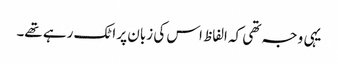
یہی وجہ تھی کہ الفاظ اس کی زبان پر اٹک رہے تھے۔